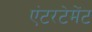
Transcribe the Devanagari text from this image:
एंटरटेमेंट